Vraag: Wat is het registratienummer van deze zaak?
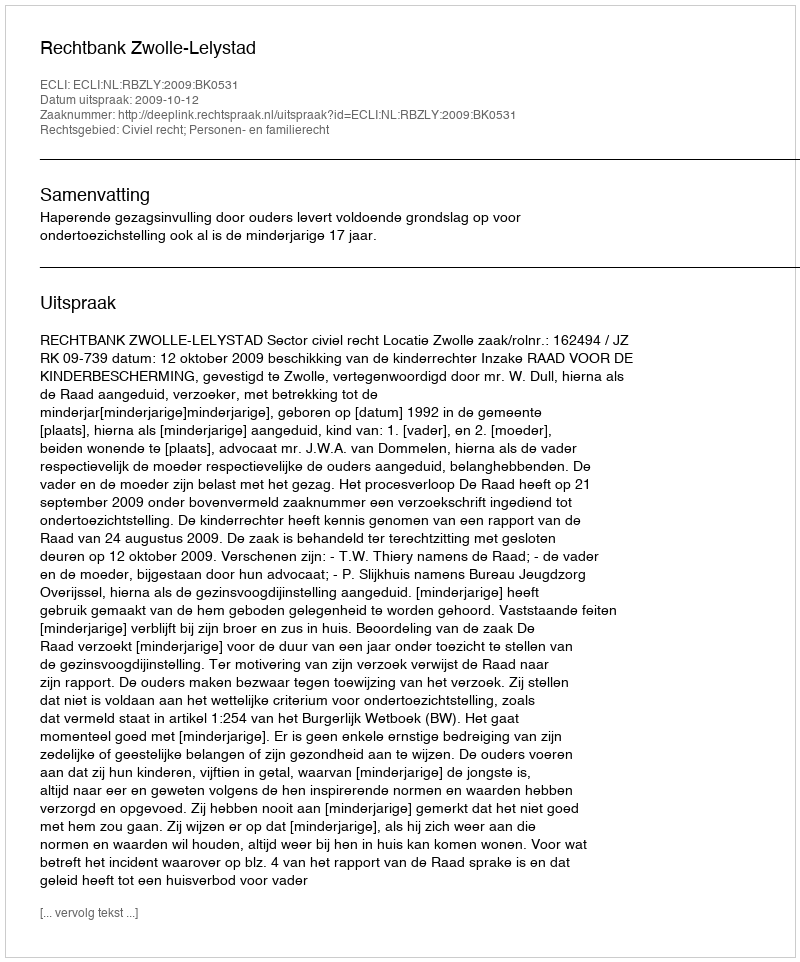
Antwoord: http://deeplink.rechtspraak.nl/uitspraak?id=ECLI:NL:RBZLY:2009:BK0531